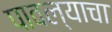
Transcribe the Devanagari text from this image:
पावल्याचा